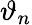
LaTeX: \vartheta_{n}